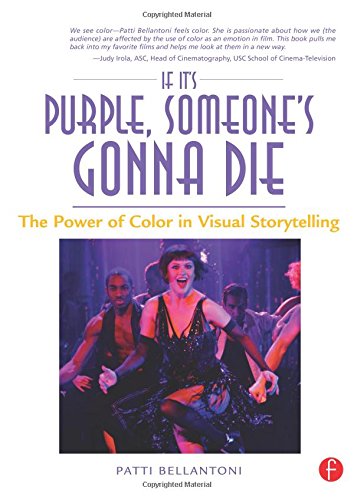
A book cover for If It's Purple, Someone's Gonna Die: The Power of Color in Visual Storytelling; Patti Bellantoni; Biographies & Memoirs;